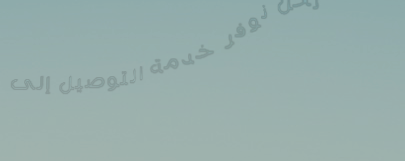
نحن نوفر خدمة التوصيل إلى